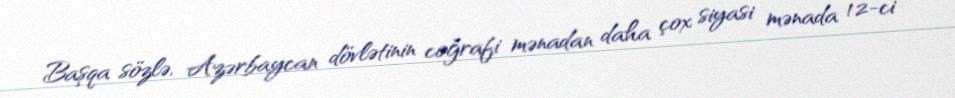
Başqa sözlə, Azərbaycan dövlətinin coğrafi mənadan daha çox siyasi mənada 12-ci